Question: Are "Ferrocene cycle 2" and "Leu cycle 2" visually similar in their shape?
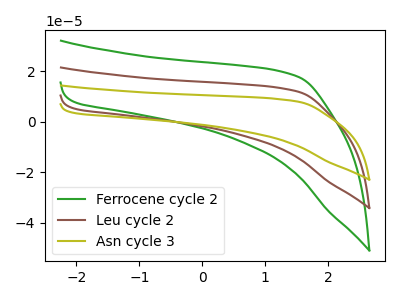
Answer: <think>The green curve "Ferrocene cycle 2" has no peaks. The brown curve "Leu cycle 2" has no peaks. The olive curve "Asn cycle 3" has no peaks.
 Neither "Ferrocene cycle 2" or "Leu cycle 2" have any peaks.</think>
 <answer>"Ferrocene cycle 2" and "Leu cycle 2" are similar in shape.</answer>
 <eval>same_shape</eval>